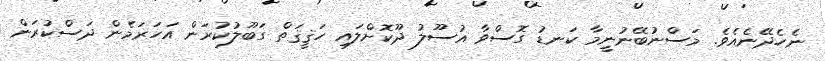
ނެހެދޭނެއެވެ. މަސްނުބޭނުނީމާ ކަނޑު ގޮސްވާ އުސޫލު ދޫކޮށްލައި ހަޤީޤަތް ގަބޫލުކުރަން އަހަރަމެން ދަސްކުރަން